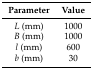
| Parameter | Value |
 | --- | --- |
 | L (mm) | 1000 |
 | B (mm) | 1000 |
 | l (mm) | 600 |
 | b (mm) | 30 |